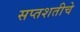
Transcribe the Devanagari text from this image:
सप्तशतीचे